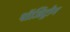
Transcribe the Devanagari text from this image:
पॉजिट्रोन